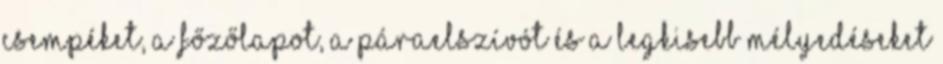
csempéket, a főzőlapot, a páraelszívót és a legkisebb mélyedéseket